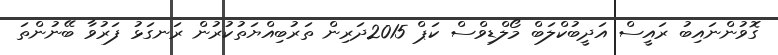
ގޮވުންނައިބު ރައީސް އަދީބުކްލަބް މޯލްޑިވްސް ކަޕް 2015ދަރިން ތަރުބިއްޔަތުކުރުން ރަނގަޅު ފަރުވާ ބޭނުންތަ